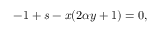
- 1 + s - x ( 2 \alpha y + 1 ) = 0 ,